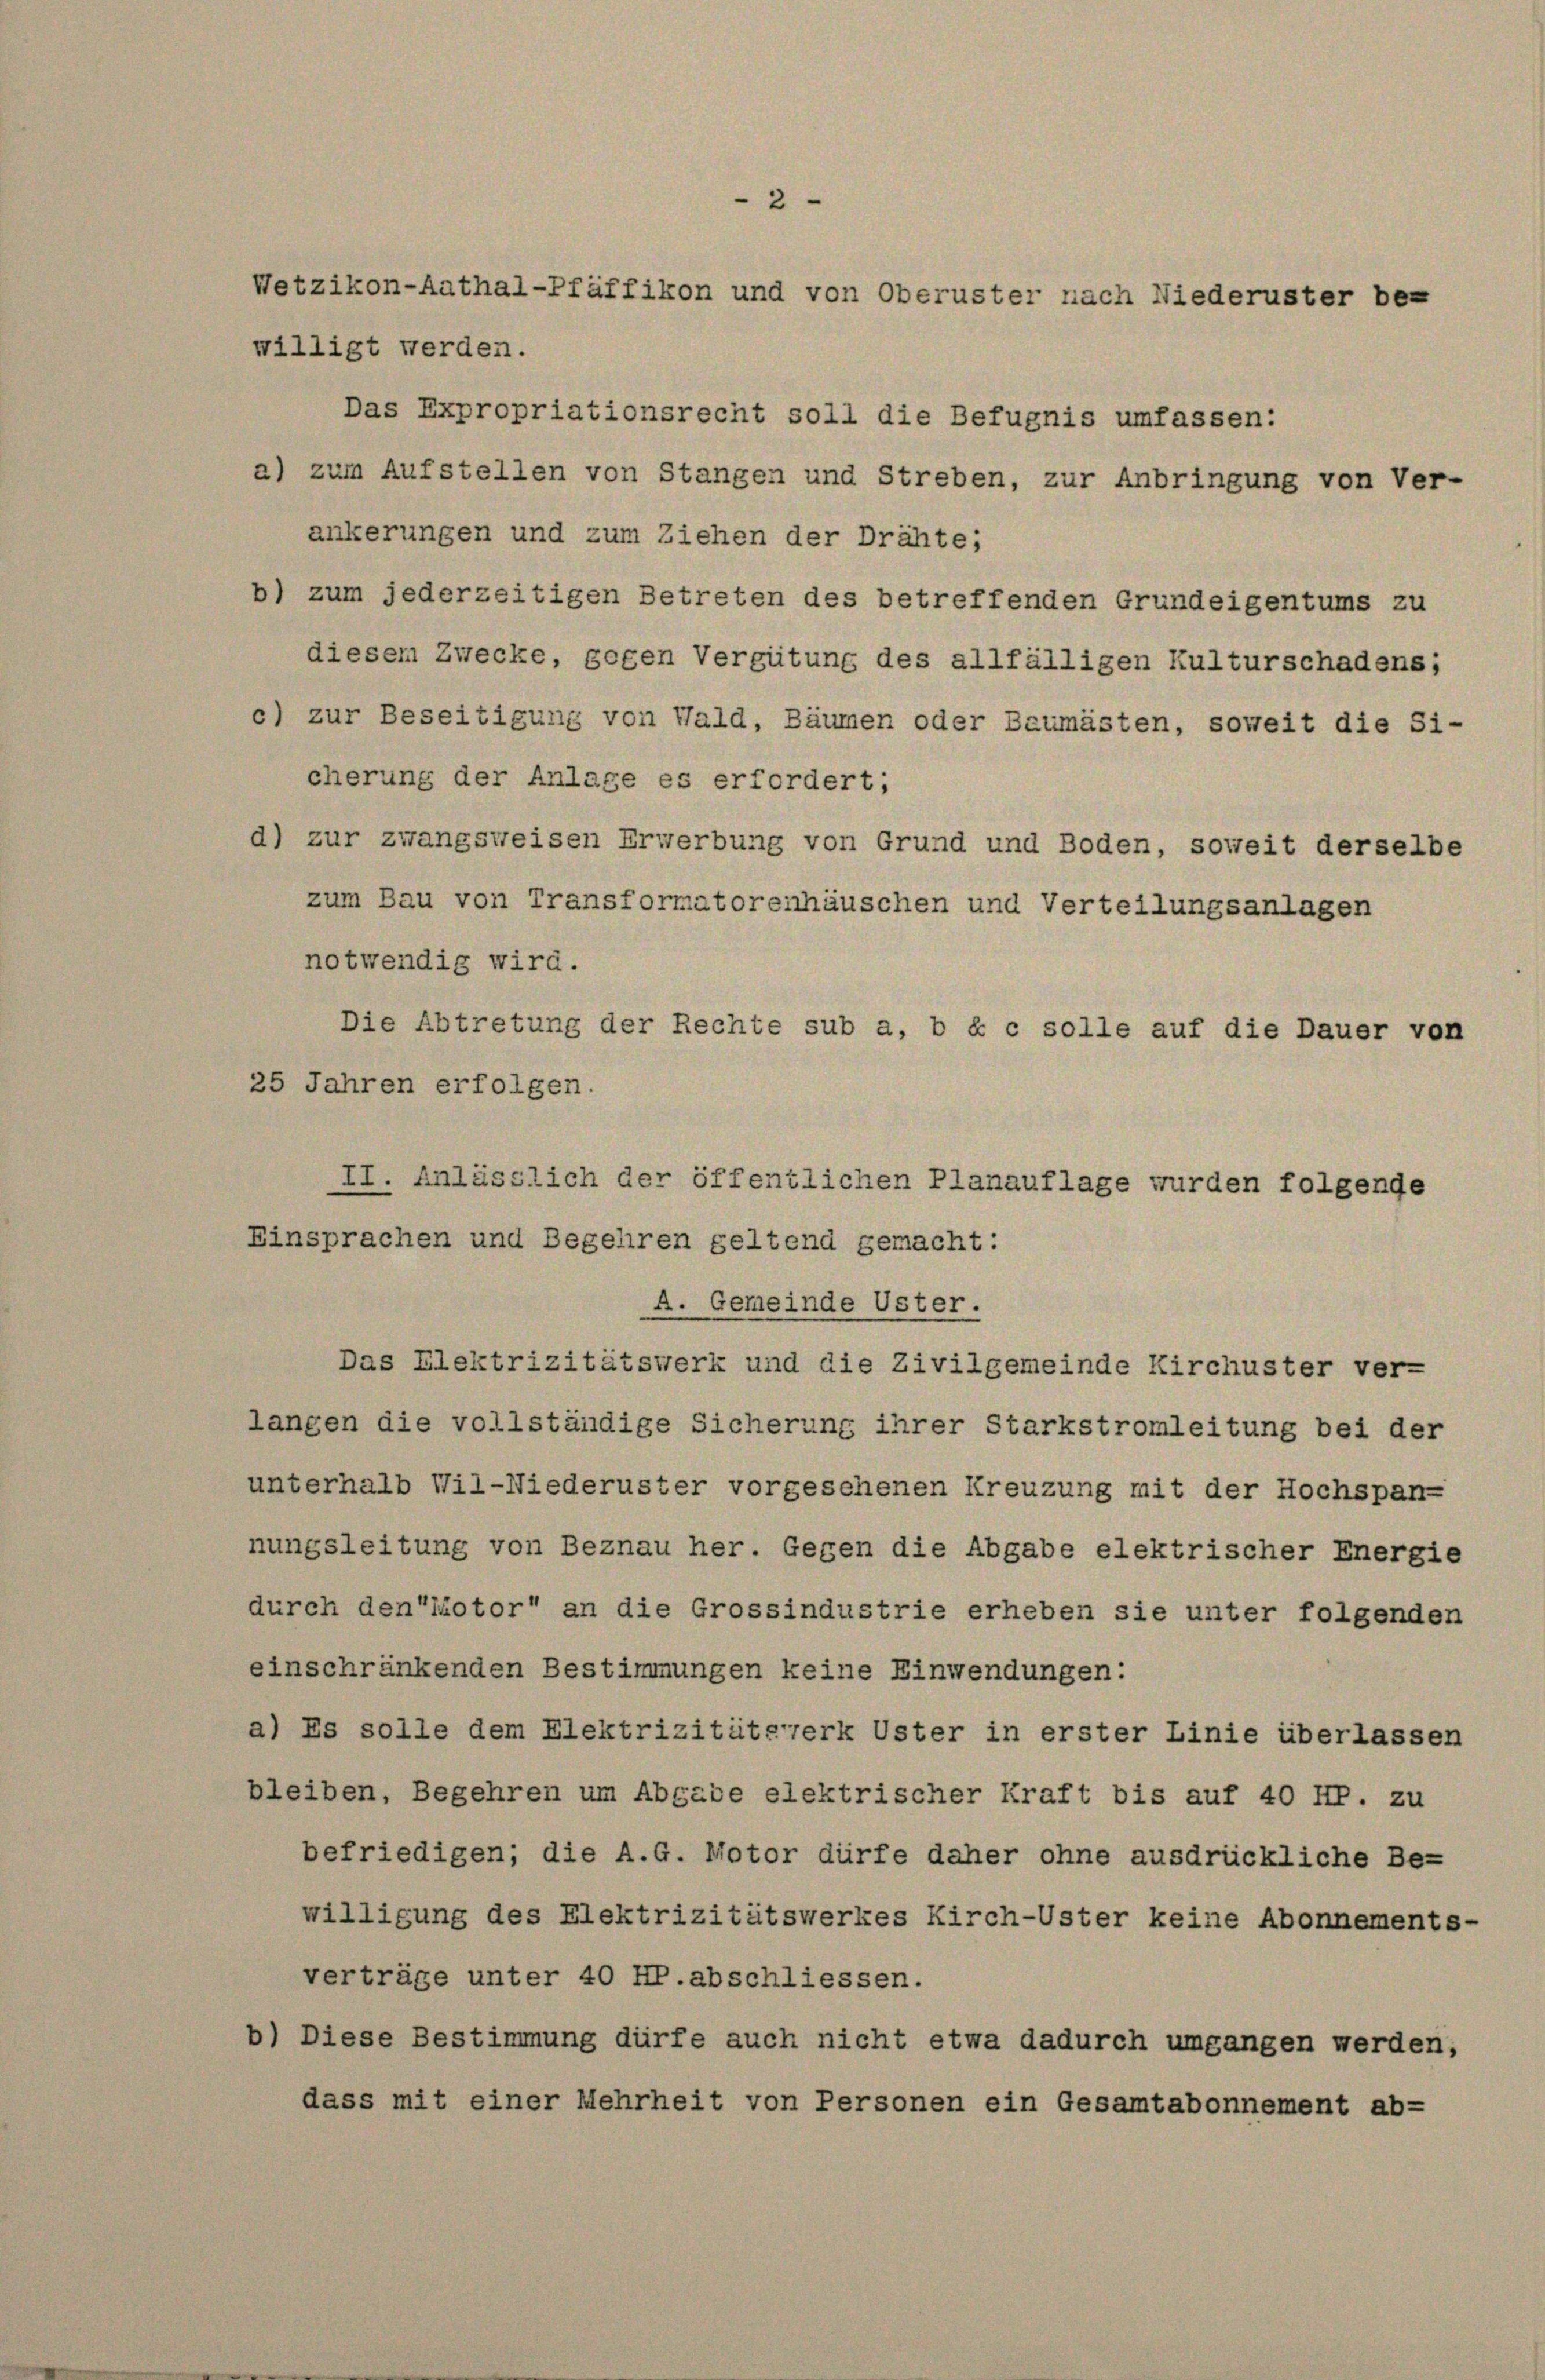
willigt werden.
Das Expropriationsrecht soll die Befugnis umfassen:
a) zum Aufstellen von Stangen und Streben, zur Anbringung von Ver-
änkerungen und zum Ziehen der Drähte;
b) zum jederzeitigen Betreten des betreffenden Grundeigentums zu
diesem Zwecke, gegen Vergütung des allfälligen Kulturschadens;
c) zur Beseitigung von Wald, Bäumen oder Baumästen, soweit die Sicherung der Anlage es erfordert;
d) zur zwangsweisen Erwerbung von Grund und Boden, soweit derselbe
zum Bau von Transformatorenhäuschen und Verteilungsanlagen
notwendig wird.
Die Abtretung der Rechte sub a, b & c solle auf die Dauer von
25 Jahren erfolgen.
II. Anlässlich der öffentlichen Planauflage wurden folgende
Einsprachen und Begehren geltend gemacht:
A. Gemeinde Uster.
Das Elektrizitätswerk und die Zivilgemeinde Kirchuster ver-
langen die vollständige Sicherung ihrer Starkstromleitung bei der
unterhalb Wil-Niederuster vorgesehenen Kreuzung mit der Hochspan-
nungsleitung von Beznau her. Gegen die Abgabe elektrischer Energie
durch den Motor an die Grossindustrie erheben sie unter folgenden
einschränkenden Bestimmungen keine Einwendungen:
a) Es solle dem Elektrizitütswerk Uster in erster Linie überlassen
bleiben, Begehren um Abgabe elektrischer Kraft bis auf 40 H. zu
befriedigen; die A.G. Motor dürfe daher ohne ausdrückliche Be-
willigung des Elektrizitätswerkes Kirch-Uster keine Abonnements-
verträge unter 40 HP. abschliessen.
b) Diese Bestimmung dürfe auch nicht etwa dadurch umgangen werden,
dass mit einer Mehrheit von Personen ein Gesamtabonnement ab-

2
Wetzikon-Aathal-Pfäffikon und von Oberuster nach Niederuster be-